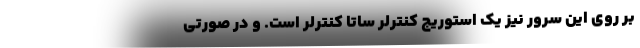
بر روی این سرور نیز یک استوریج کنترلر ساتا کنترلر است. و در صورتی